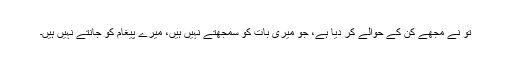
تو نے مجھے کن کے حوالے کر دیا ہے، جو میری بات کو سمجھتے نہیں ہیں، میرے پیغام کو جانتے نہیں ہیں۔